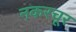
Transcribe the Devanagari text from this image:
नकरचूर